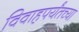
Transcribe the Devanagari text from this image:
विवाहपर्यंतच्या